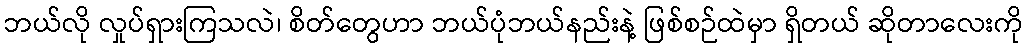
ဘယ်လို လှုပ်ရှားကြသလဲ၊ စိတ်တွေဟာ ဘယ်ပုံဘယ်နည်းနဲ့ ဖြစ်စဉ်ထဲမှာ ရှိတယ် ဆိုတာလေးကို